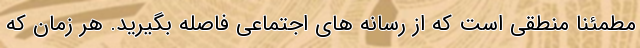
مطمئنا منطقی است که از رسانه های اجتماعی فاصله بگیرید. هر زمان که